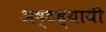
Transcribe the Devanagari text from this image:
अष्टध्यायी